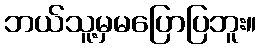
ဘယ်သူ့မှမပြောပြဘူး။